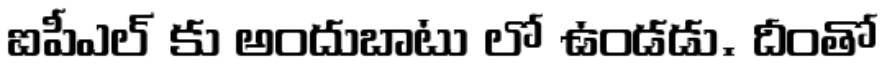
ఐపీఎల్ కు అందుబాటు లో ఉండడు. దీంతో